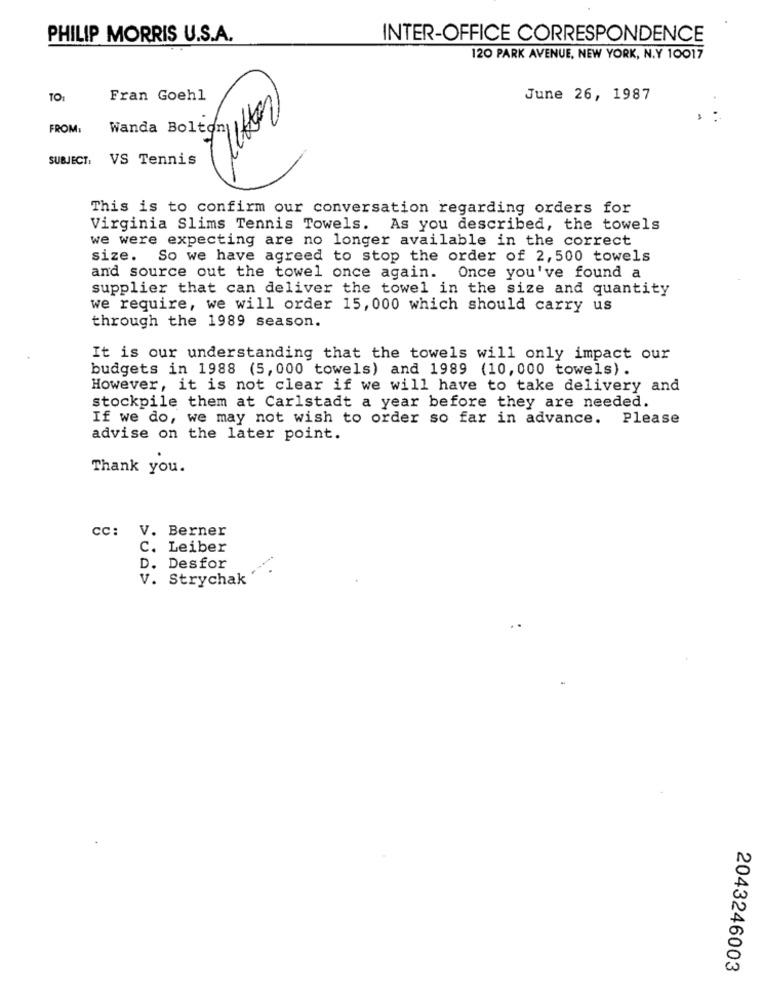
PHILIP MORRIS U.S.A.
INTER-OFFICE CORRESPONDENCE
120 PARK AVENUE, NEW YORK, N.Y 10017
TO:
Fran Goehl
June 26, 1987
FROM:
Wanda Bolton
SUBJECT:
VS Tennis
This is to confirm our conversation regarding orders for
Virginia Slims Tennis Towels. As you described, the towels
we were expecting are no longer available in the correct
size. So we have agreed to stop the order of 2,500 towels
and source out the towel once again. Once you've found a
supplier that can deliver the towel in the size and quantity
we require, we will order 15, 000 which should carry us
through the 1989 season.
It is our understanding that the towels will only impact our
budgets in 1988 (5,000 towels) and 1989 (10, 000 towels) .
However, it is not clear if we will have to take delivery and
stockpile them at Carlstadt a year before they are needed.
If we do, we may not wish to order so far in advance. Please
advise on the later point.
Thank you.
CC: V. Berner
C. Leiber
D. Desfor
V. Strychak
2043246003